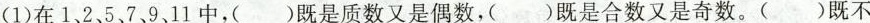
(1)在1、2，5、7，9、11中，( )既是质数又是偶数，( )既是合数又是奇数。( )既不